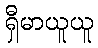
ရှီမာယူယူ